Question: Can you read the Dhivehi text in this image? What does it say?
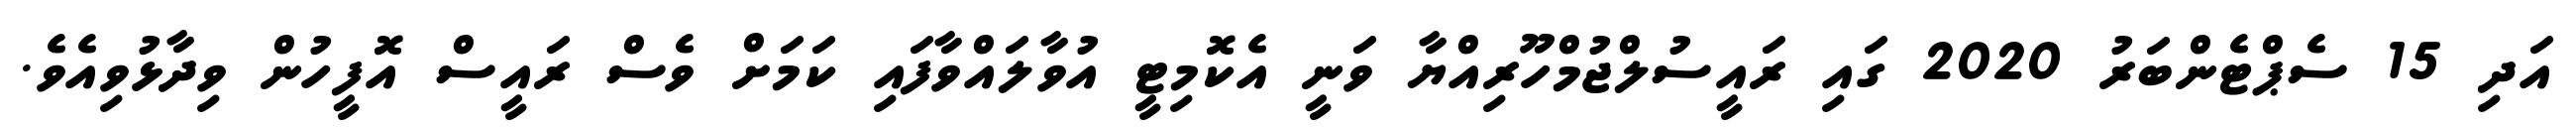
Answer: އަދި 15 ސެޕްޓެންބަރު 2020 ގައި ރައީސުލްޖުމްހޫރިއްޔާ ވަނީ އެކޮމިޓީ އުވާލައްވާފައި ކަމަށް ވެސް ރައީސް އޮފީހުން ވިދާޅުވިއެވެ.